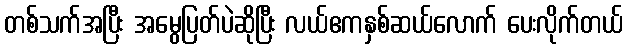
တစ်သက်အပြီး အမွေပြတ်ပဲဆိုပြီး လယ်ဧကနှစ်ဆယ်လောက် ပေးလိုက်တယ်